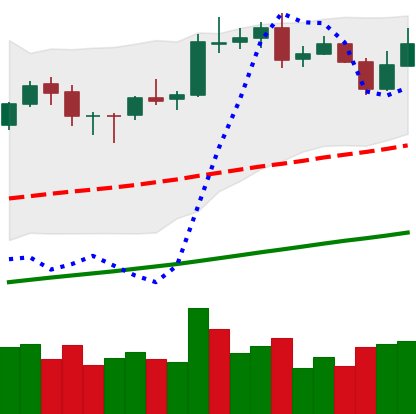
Ticker: BNB-USD
Chart end date: 2020-10-22
Forward return: 3.198%
Label: up_3_5